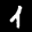
Label: 1